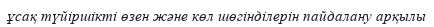
ұсақ түйіршікті өзен және көл шөгінділерін пайдалану арқылы